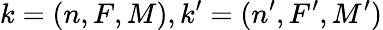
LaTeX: k=(n,F,M),k^{\prime}=(n^{\prime},F^{\prime},M^{\prime})